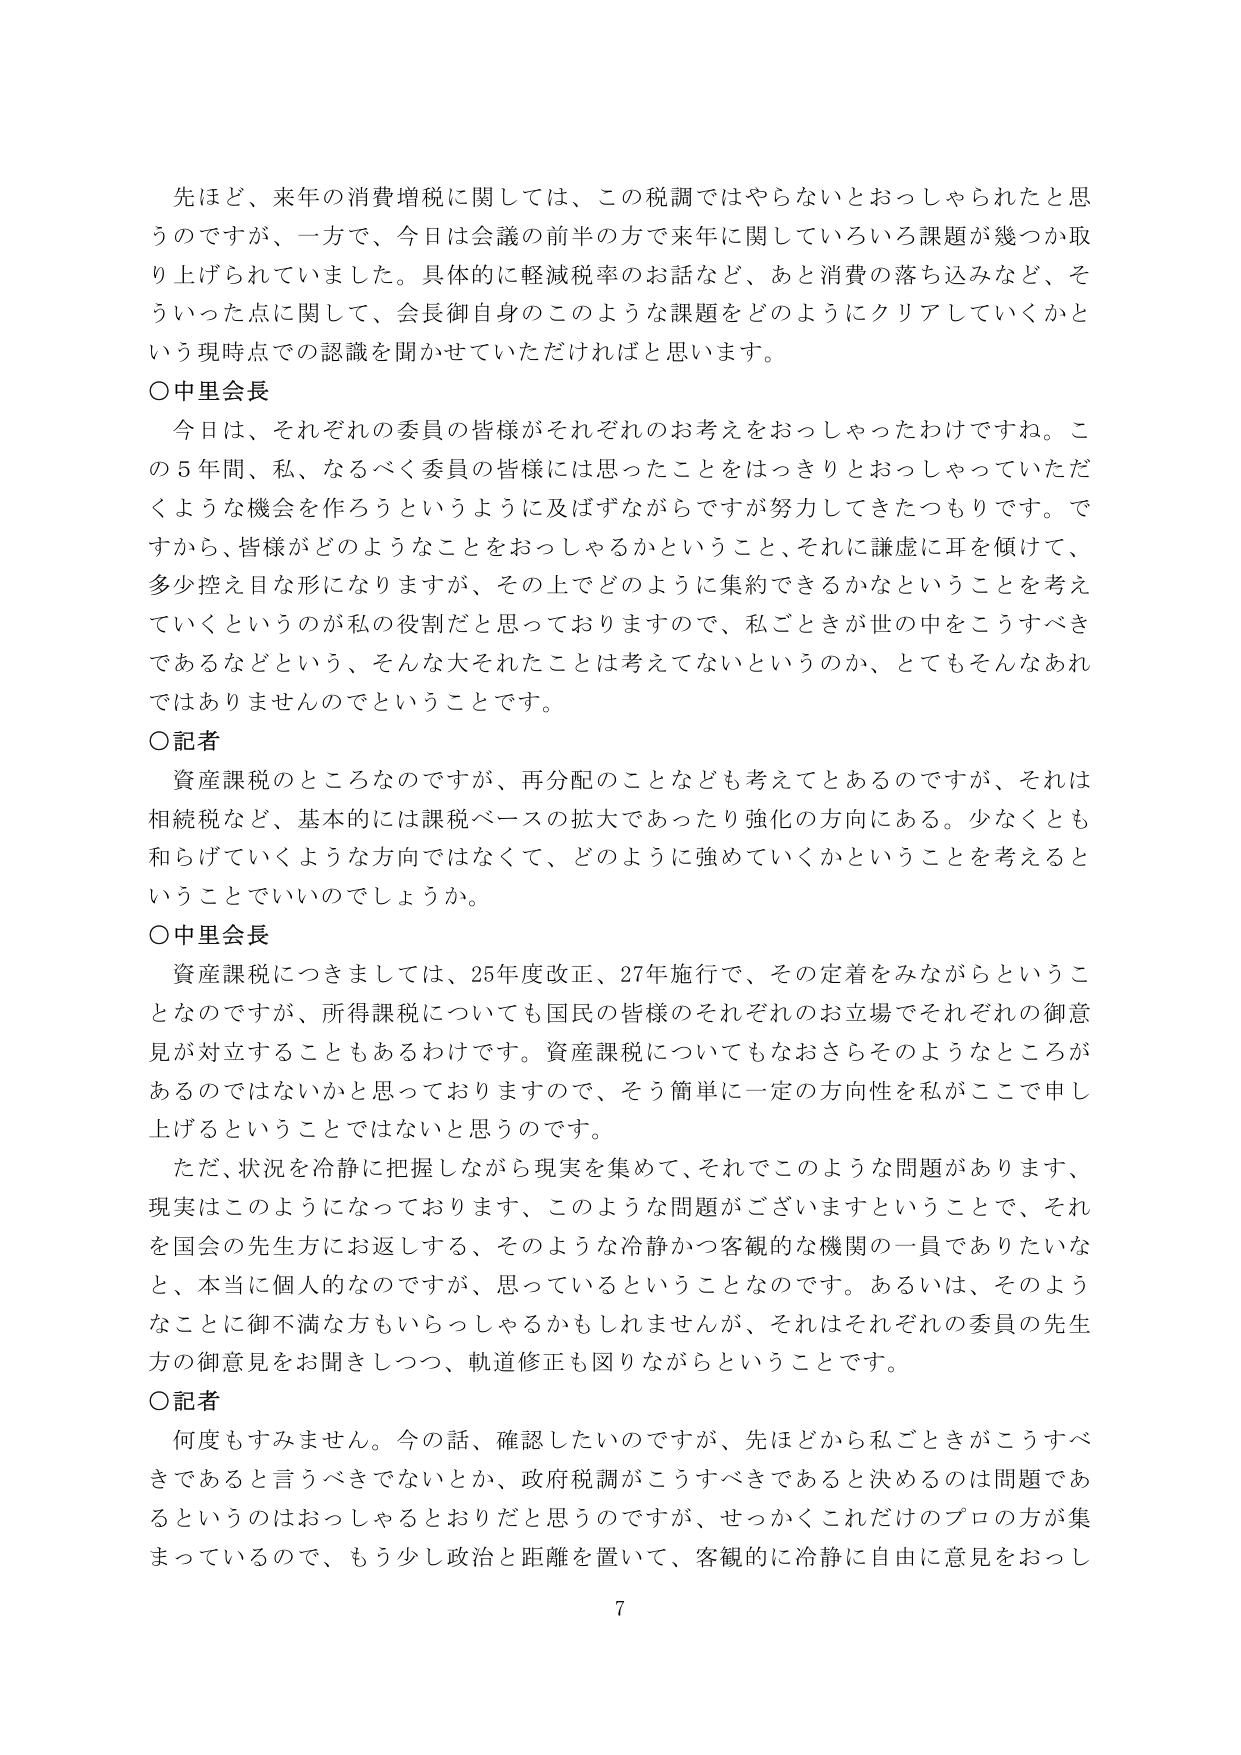
先ほど、来年の消費増税に関しては、この税調ではやらないとおっしゃられたと思うのですが、一方で、今日は会議の前半の方で来年に関していろいろ課題が幾つか取り上げられていました。具体的に軽減税率のお話など、あと消費の落ち込みなど、そういった点に関して、会長御自身のこのような課題をどのようにクリアしていくかという現時点での認識を聞かせていただければと思います。

○中里会長
今日は、それぞれの委員の皆様がそれぞれのお考えをおっしゃったわけですね。この5年間、私、なるべく委員の皆様には思ったことをはっきりとおっしゃっていただくような機会を作ろうというように及ばずながらですが努力してきたつもりです。ですから、皆様がどのようなことをおっしゃるかということ、それに謙虚に耳を傾けて、多少控え目な形になりますが、その上でどのように集約できるかなということを考えていくというのが私の役割だと思っておりますので、私ごときが世の中をこうすべきであるなどという、そんな大それたことは考えてないというのか、とてもそんなあれではありませんのでということです。

○記者
資産課税のところなのですが、再分配のことなども考えてとあるのですが、それは相続税など、基本的には課税ベースの拡大であったり強化の方向にある。少なくとも和らげていくような方向ではなくて、どのように強めていくかということを考えるということでいいのでしょうか。

○中里会長
資産課税につきましては、25年度改正、27年施行で、その定着をみながらということなのですが、所得税税についても国民の皆様のそれぞれのお立場でそれぞれの御意見が対立することもあるわけです。資産課税についてもなおさらそのようなところがあるのではないかと思っておりますので、そう簡単に一定の方向性を私がここで申し上げるということではないと思うのです。
ただ、状況を冷静に把握しながら現実を集めて、それでこのような問題があります、現実はこのようになっております、このような問題がございますということで、それを国会の先生方にお返しする、そのような冷静かつ客観的な機関の一員でありたいなと、本当に個人的なのですが、思っているということなのです。あるいは、そのようなことに御不満な方もいらっしゃるかもしれませんが、それはそれぞれの委員の先生方の御意見をお聞きしつつ、軌道修正も図りながらということです。

○記者
何度もすみません。今の話、確認したいのですが、先ほどから私ごときがこうすべきであると言うべきでないとか、政府税調がこうすべきであると決めるのは問題であるというのはおっしゃると思うのですが、せっかくこれだけのプロの方が集まっているので、もう少し政治と距離を置いて、客観的に冷静に自由に意見をおっし

7